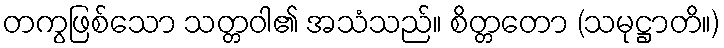
တကွဖြစ်သော သတ္တဝါ၏ အသံသည်။ စိတ္တတော (သမုဋ္ဌာတိ။)